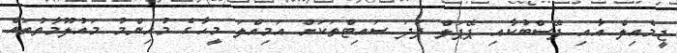
ޖީމެއިލް އާއި ފޭސްބުކާއި ޕޭޕަލް ފަދަ ސައިޓްތަކަށް އަމިއްލަ މީހާގެ މުހިންމު މައުލޫމާތުތައް